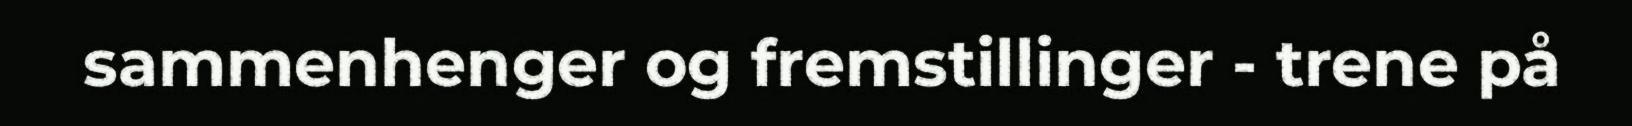
sammenhenger og fremstillinger - trene på